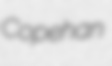
Copehan